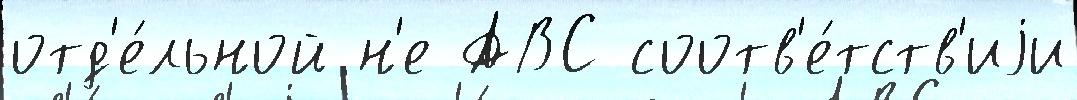
отд'е́льной н'е АВС соотв'е́тств'иjи